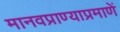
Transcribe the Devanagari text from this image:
मानवप्राण्याप्रमाणें